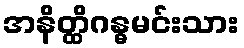
အနိတ္ထိဂန္ဓမင်းသား